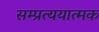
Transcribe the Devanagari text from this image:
सम्प्रत्ययात्मक